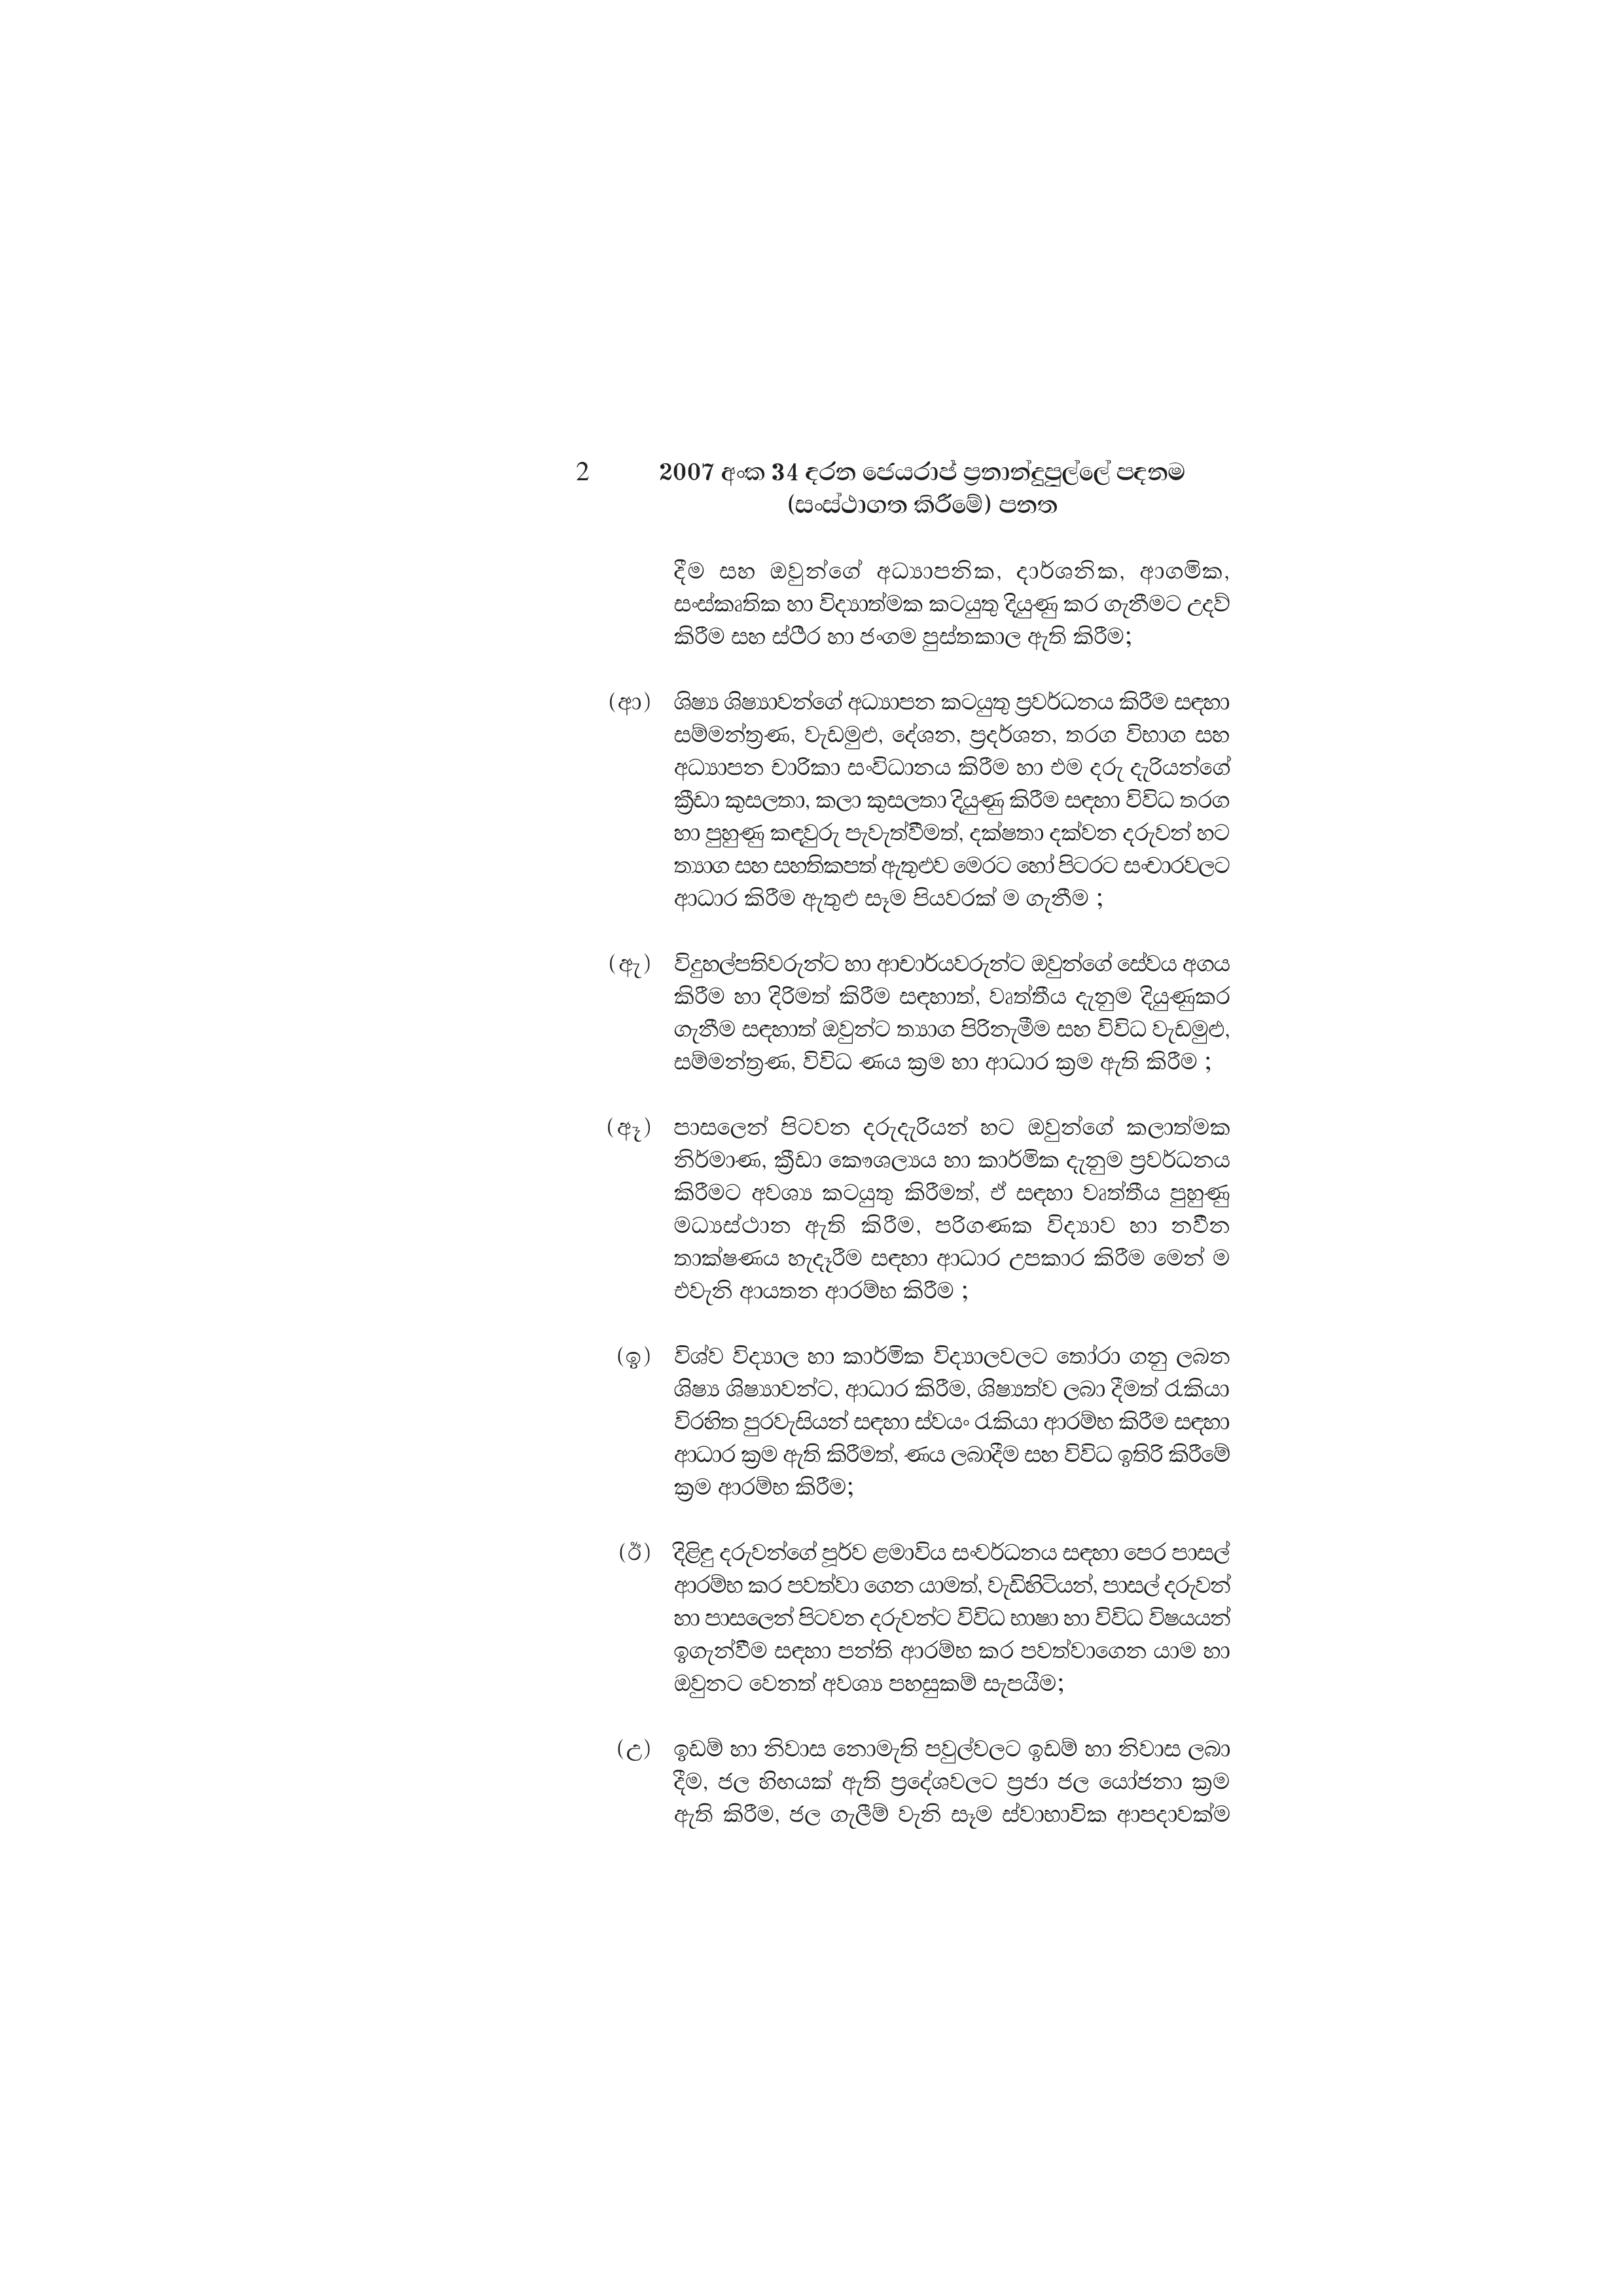
2 2007 අංක 34 දරන ජෙයරාජ් ප්‍රනාන්දුපුල්ලේ පදනම
(සංස්ථාගත කිරීමේ) පනත

දීම සහ ඔවුන්ගේ අධ්‍යාපනික, දාර්ශනික, ආගමික,
සංස්කෘතික හා විද්‍යාත්මක කටයුතු දියුණු කර ගැනීමට උදව්
කිරීම සහ ස්ථිර හා ජංගම පුස්තකාල ඇති කිරීම;

(ආ) ශිෂ්‍ය ශිෂ්‍යාවන්ගේ අධ්‍යාපන කටයුතු ප්‍රවර්ධනය කිරීම සඳහා
සම්මන්ත්‍රණ, වැඩමුළු, දේශන, ප්‍රදර්ශන, තරග විභාග සහ
අධ්‍යාපන චාරිකා සංවිධානය කිරීම හා එම දරු දැරියන්ගේ
ක්‍රීඩා කුසලතා, කලා කුසලතා දියුණු කිරීම සඳහා විවිධ තරග
හා පුහුණු කඳවුරු පැවැත්වීමත්, දක්ෂතා දක්වන දරුවන් හට
ත්‍යාග සහ සහතිකපත් ඇතුළුව මෙරට හෝ පිටරට සංචාරවලට
ආධාර කිරීම ඇතුළු සෑම පියවරක් ම ගැනීම ;

(ඇ) විදුහල්පතිවරුන්ට හා ආචාර්යවරුන්ට ඔවුන්ගේ සේවය අගය
කිරීම හා දිරිමත් කිරීම සඳහාත්, වෘත්තීය දැනුම දියුණුකර
ගැනීම සඳහාත් ඔවුන්ට ත්‍යාග පිරිනැමීම සහ විවිධ වැඩමුළු,
සම්මන්ත්‍රණ, විවිධ ණය ක්‍රම හා ආධාර ක්‍රම ඇති කිරීම ;

(ඈ) පාසලෙන් පිටවන දරුදැරියන් හට ඔවුන්ගේ කලාත්මක
නිර්මාණ, ක්‍රීඩා කෞශල්‍යය හා කාර්මික දැනුම ප්‍රවර්ධනය
කිරීමට අවශ්‍ය කටයුතු කිරීමත්, ඒ සඳහා වෘත්තීය පුහුණු
මධ්‍යස්ථාන ඇති කිරීම, පරිගණක විද්‍යාව හා නවීන
තාක්ෂණය හැදෑරීම සඳහා ආධාර උපකාර කිරීම මෙන් ම
එවැනි ආයතන ආරම්භ කිරීම ;

(ඉ) විශ්ව විද්‍යාල හා කාර්මික විද්‍යාලවලට තෝරා ගනු ලබන
ශිෂ්‍ය ශිෂ්‍යාවන්ට, ආධාර කිරීම, ශිෂ්‍යත්ව ලබා දීමත් රැකියා
විරහිත පුරවැසියන් සඳහා ස්වයං රැකියා ආරම්භ කිරීම සඳහා
ආධාර ක්‍රම ඇති කිරීමත්, ණය ලබාදීම සහ විවිධ ඉතිරි කිරීමේ
ක්‍රම ආරම්භ කිරීම;

(ඊ) දිළිඳු දරුවන්ගේ පූර්ව ළමාවිය සංවර්ධනය සඳහා පෙර පාසල්
ආරම්භ කර පවත්වා ගෙන යාමත්, වැඩිහිටියන්, පාසල් දරුවන්
හා පාසලෙන් පිටවන දරුවන්ට විවිධ භාෂා හා විවිධ විෂයයන්
ඉගැන්වීම සඳහා පන්ති ආරම්භ කර පවත්වාගෙන යාම හා
ඔවුනට වෙනත් අවශ්‍ය පහසුකම් සැපයීම;

(උ) ඉඩම් හා නිවාස නොමැති පවුල්වලට ඉඩම් හා නිවාස ලබා
දීම, ජල හිඟයක් ඇති ප්‍රදේශවලට ප්‍රජා ජල යෝජනා ක්‍රම
ඇති කිරීම, ජල ගැලීම් වැනි සෑම ස්වාභාවික ආපදාවක්ම